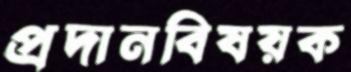
প্রদানবিষয়ক